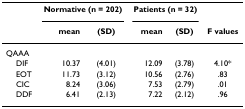
<table><thead><tr><td></td><td colspan="2"><b>Normative (n = 202)</b></td><td colspan="2"><b>Patients (n = 32)</b></td><td></td></tr><tr><td></td><td><b>mean</b></td><td><b>(SD)</b></td><td><b>mean</b></td><td><b>(SD)</b></td><td><b>F values</b></td></tr></thead><tbody><tr><td>QAAA</td><td></td><td></td><td></td><td></td><td></td></tr><tr><td> DIF</td><td>10.37</td><td>(4.01)</td><td>12.09</td><td>(3.78)</td><td>4.10*</td></tr><tr><td> EOT</td><td>11.73</td><td>(3.12)</td><td>10.56</td><td>(2.76)</td><td>.83</td></tr><tr><td> CIC</td><td>8.24</td><td>(3.06)</td><td>7.53</td><td>(2.79)</td><td>.01</td></tr><tr><td> DDF</td><td>6.41</td><td>(2.13)</td><td>7.22</td><td>(2.12)</td><td>.96</td></tr></tbody></table>